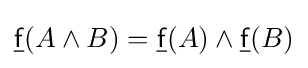
{\underline {\mathsf {f}}}(A\wedge B)={\underline {\mathsf {f}}}(A)\wedge {\underline {\mathsf {f}}}(B)